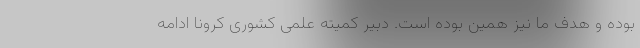
بوده و هدف ما نیز همین بوده است. دبیر کمیته علمی کشوری کرونا ادامه